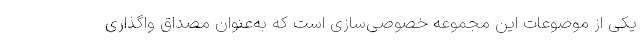
یکی از موضوعات این مجموعه خصوصی‌سازی است که به‌عنوان مصداق واگذاری